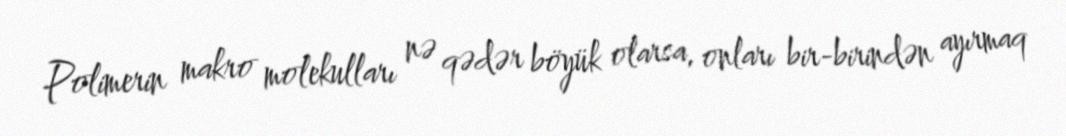
Polimerin makro molekulları nə qədər böyük olarsa, onları bir-birindən ayırmaq